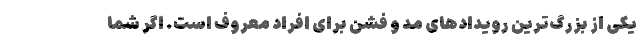
یکی از بزرگ‌ترین رویدادهای مد و فشن برای افراد معروف است. اگر شما